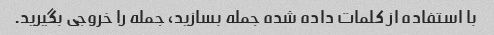
با استفاده از کلمات داده شده جمله بسازید، جمله را خروجی بگیرید.